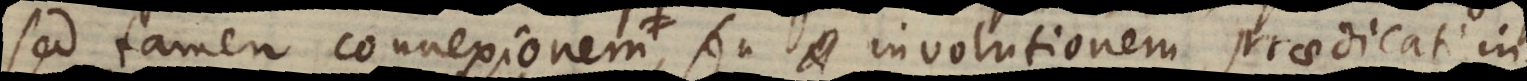
sed tamen connexionem, seu involutionem praedicati in